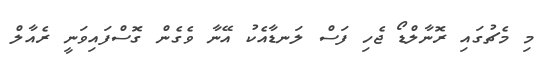
މި މެޗުގައި ރޮނާލްޑޯ ޖެހި ފަސް ލަނޑާއެކު އޭނާ ވެގެން ގޮސްފައިވަނީ ރެއާލް